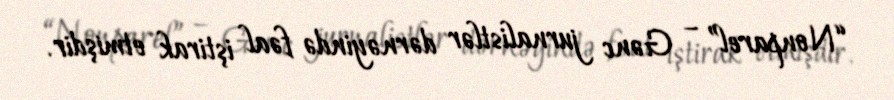
“Nonparel” – Gənc jurnalistlər dərnəyində fəal iştirak etmişdir.